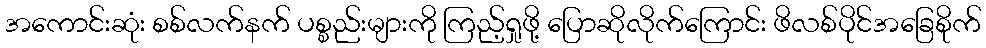
အကောင်းဆုံး စစ်လက်နက် ပစ္စည်းများကို ကြည့်ရှုဖို့ ပြောဆိုလိုက်ကြောင်း ဖိလစ်ပိုင်အခြေစိုက်